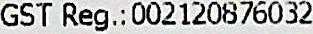
GST REG.:002120876032